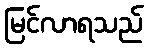
မြင်လာရသည်